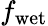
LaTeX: f_{\mathrm{wet}}